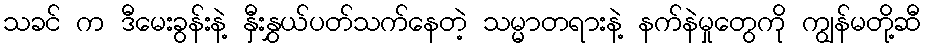
သခင် က ဒီမေးခွန်းနဲ့ နှီးနွှယ်ပတ်သက်နေတဲ့ သမ္မာတရားနဲ့ နက်နဲမှုတွေကို ကျွန်မတို့ဆီ